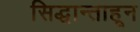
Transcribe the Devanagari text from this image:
सिद्धान्ताहून